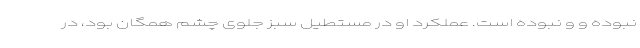
نبوده و و نبوده است. عملکرد او در مستطیل سبز جلوی چشم همگان بود، در